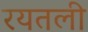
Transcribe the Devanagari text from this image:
रयतली